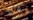
لقد